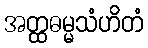
အတ္ထဓမ္မသံဟိတံ